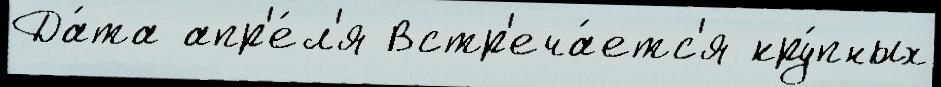
Да́та апр'е́л'я Встр'еча́етс'я кру́пных